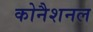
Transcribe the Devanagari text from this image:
कोनैशनल